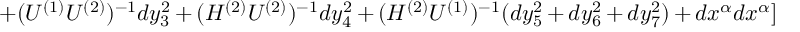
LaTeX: + ( U ^ { ( 1 ) } U ^ { ( 2 ) } ) ^ { - 1 } d y _ { 3 } ^ { 2 } + ( H ^ { ( 2 ) } U ^ { ( 2 ) } ) ^ { - 1 } d y _ { 4 } ^ { 2 } + ( H ^ { ( 2 ) } U ^ { ( 1 ) } ) ^ { - 1 } ( d y _ { 5 } ^ { 2 } + d y _ { 6 } ^ { 2 } + d y _ { 7 } ^ { 2 } ) + d x ^ { \alpha } d x ^ { \alpha } ]